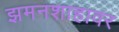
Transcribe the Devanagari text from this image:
झमनशाहावर